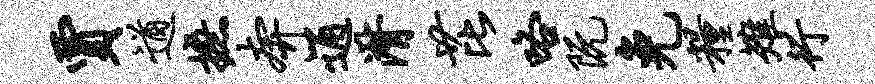
贾遒摭奔通潸芘咯阮免粮雉行